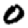
Digit: 0